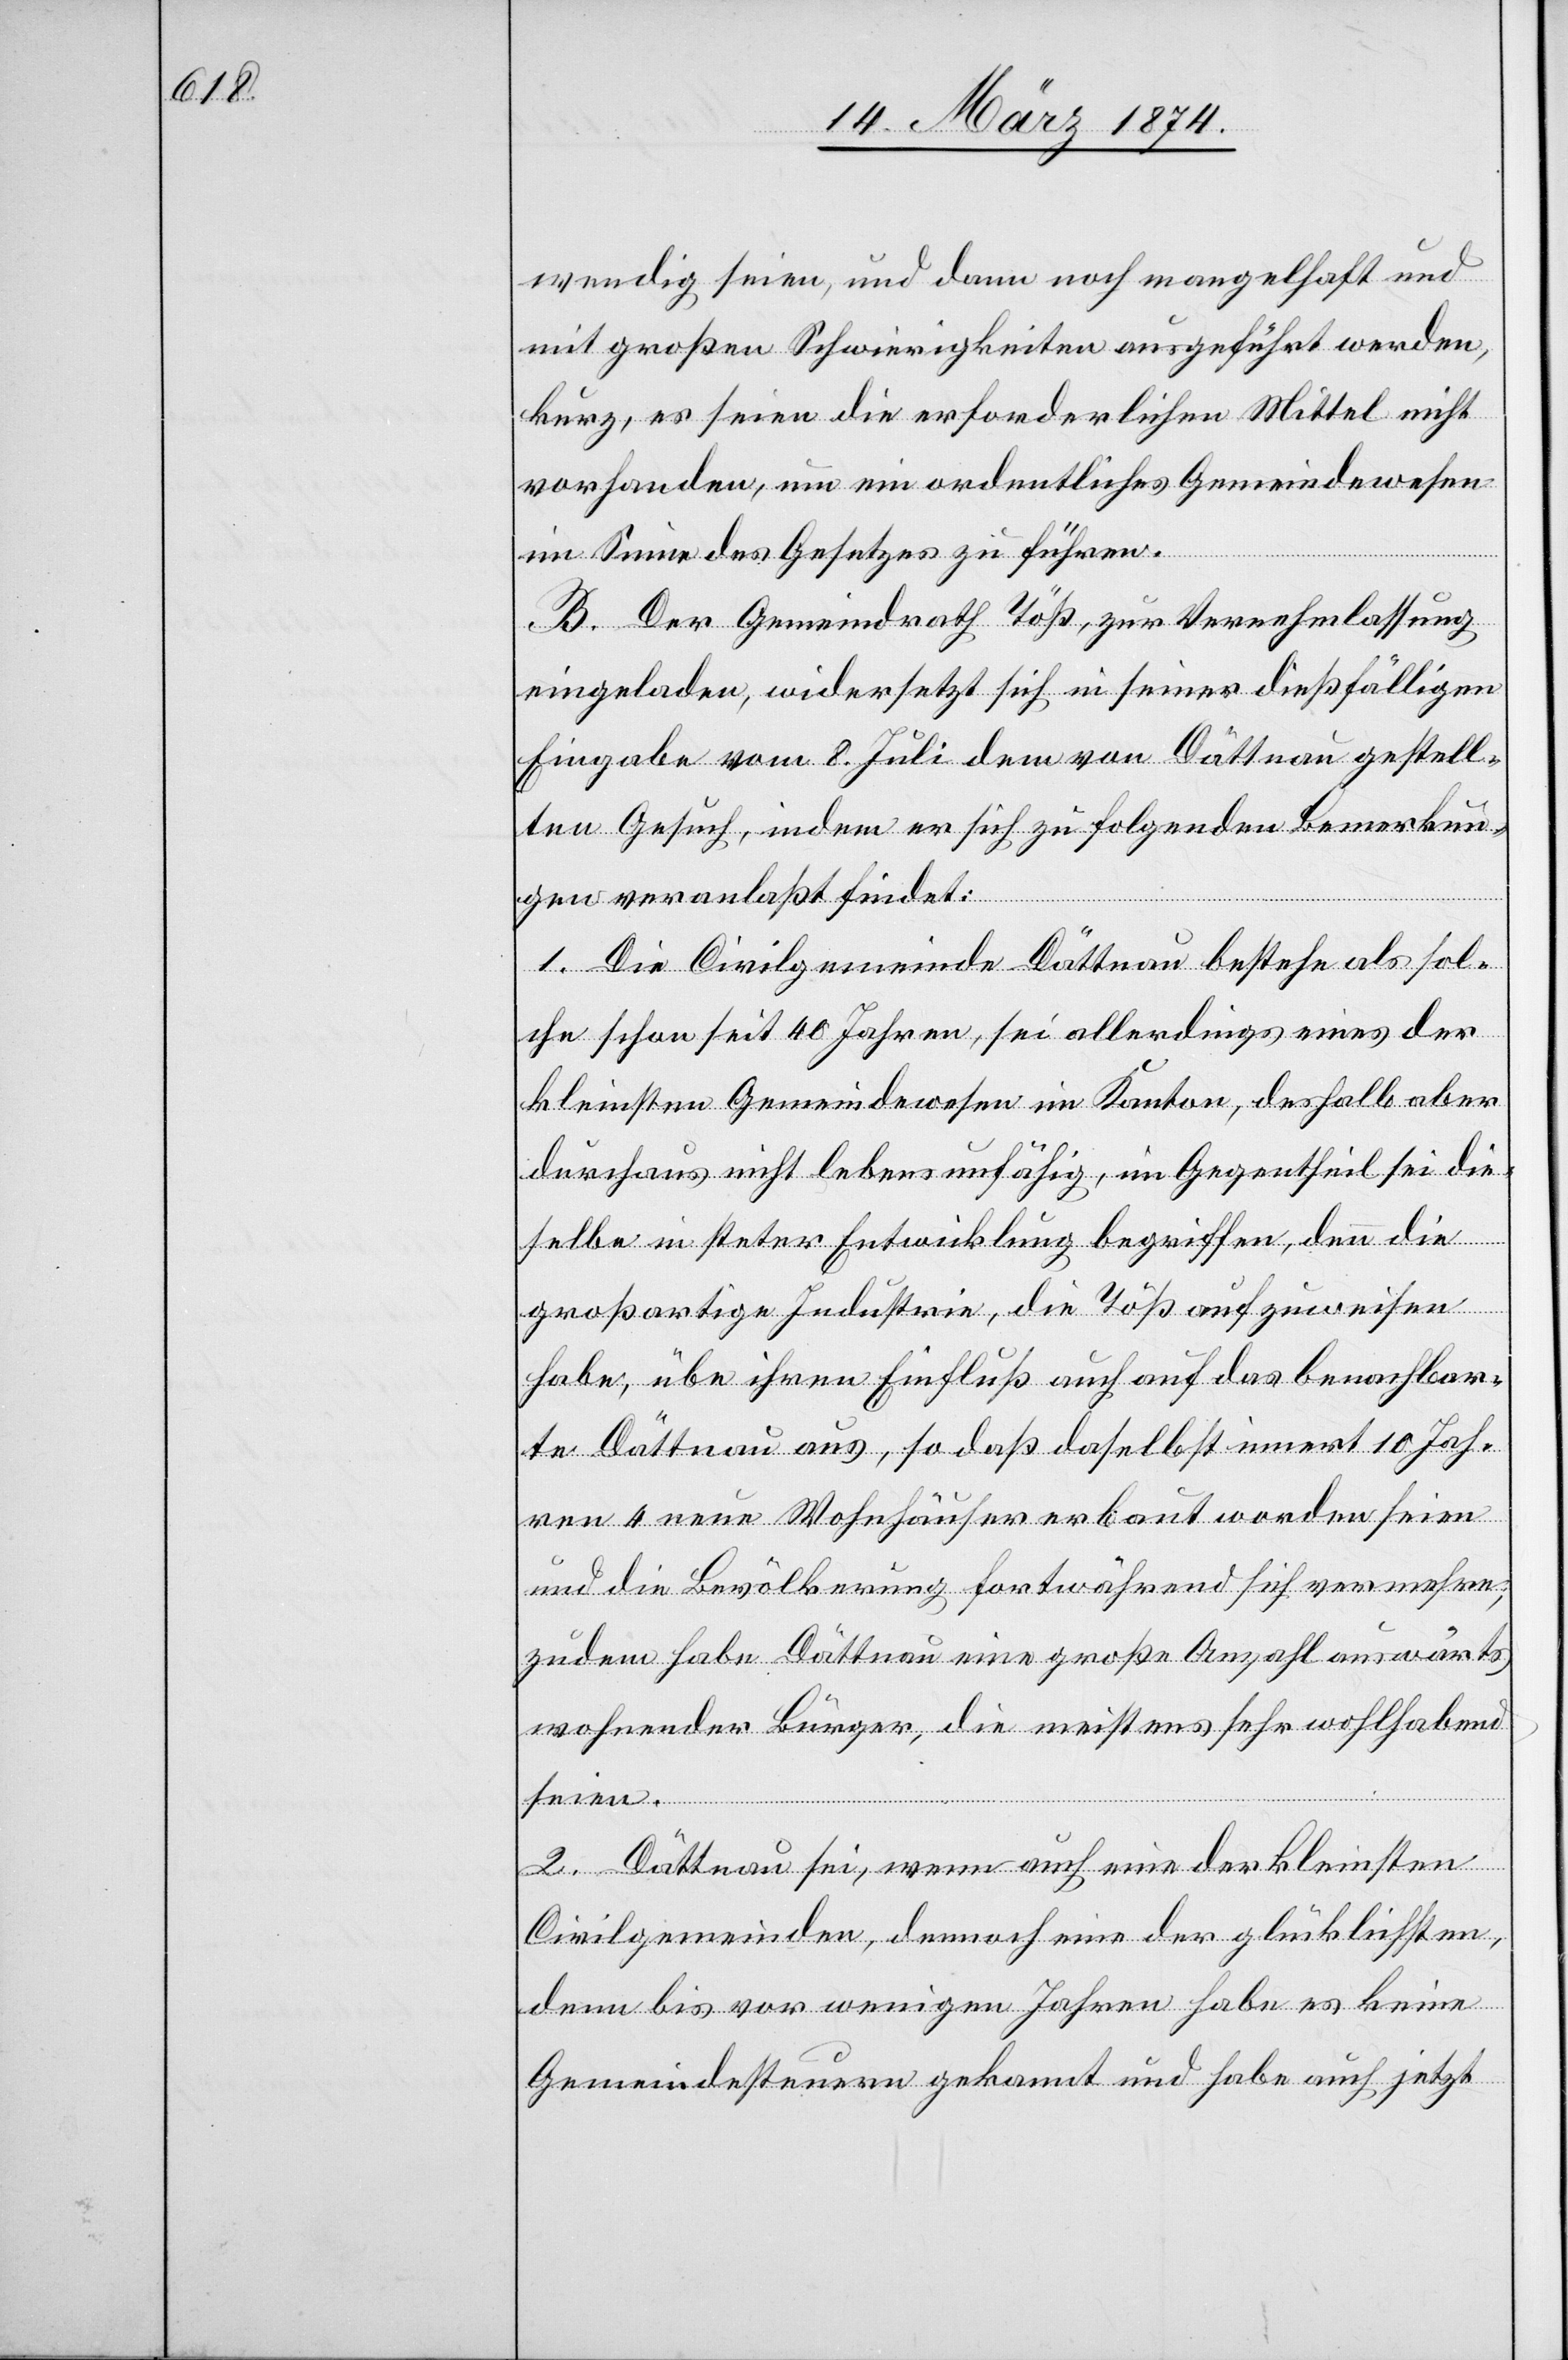
wendig seien, und dann noch mangelhaft und
mit großen Schwierigkeiten ausgeführt werden,
kurz, es seien die erforderlichen Mittel nicht
vorhanden, um ein ordentliches Gemeindewesen
im Sinne des Gesetzes zu führen.
B. Der Gemeindrath Töß, zur Vernehmlassung
eingeladen, widersetzt sich in seiner dießfälligen
Eingabe vom 8. Juli dem von Dättnau gestell¬
ten Gesuch, indem er sich zu folgenden Bemerkun¬
gen veranlaßt findet:
1. Die Civilgemeinde Dättnau bestehe als sol¬
che schon seit 40 Jahren, sei allerdings eines der
kleinsten Gemeindewesen im Kanton, deshalb aber
durchaus nicht lebensunfähig, im Gegentheil sei die¬
selbe in steter Entwicklung begriffen, denn die
großartige Industrie, die Töß aufzuweisen
habe, übe ihren Einfluß auch auf das benachbar¬
te Dättnau aus, so daß daselbst innert 10 Jah¬
ren 4 neue Wohnhäuser erbaut worden seien
und die Bevölkerung fortwährend sich vermehre,
zudem habe Dättnau eine große Anzahl auswärts
wohnender Bürger, die meistens sehr wohlhaben
seien.
2. Dättnau sei, wenn auch eine der kleinsten
Civilgemeinden, dennoch eine der glücklichsten,
denn bis vor wenigen Jahren habe es keine
Gemeindesteuern gekannt und habe auch jetzt